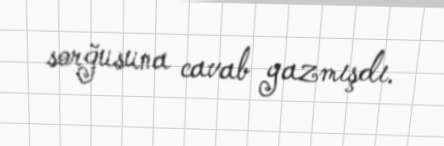
sorğusuna cavab yazmışdı.